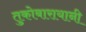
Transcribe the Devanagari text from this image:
तुकोबारायानी